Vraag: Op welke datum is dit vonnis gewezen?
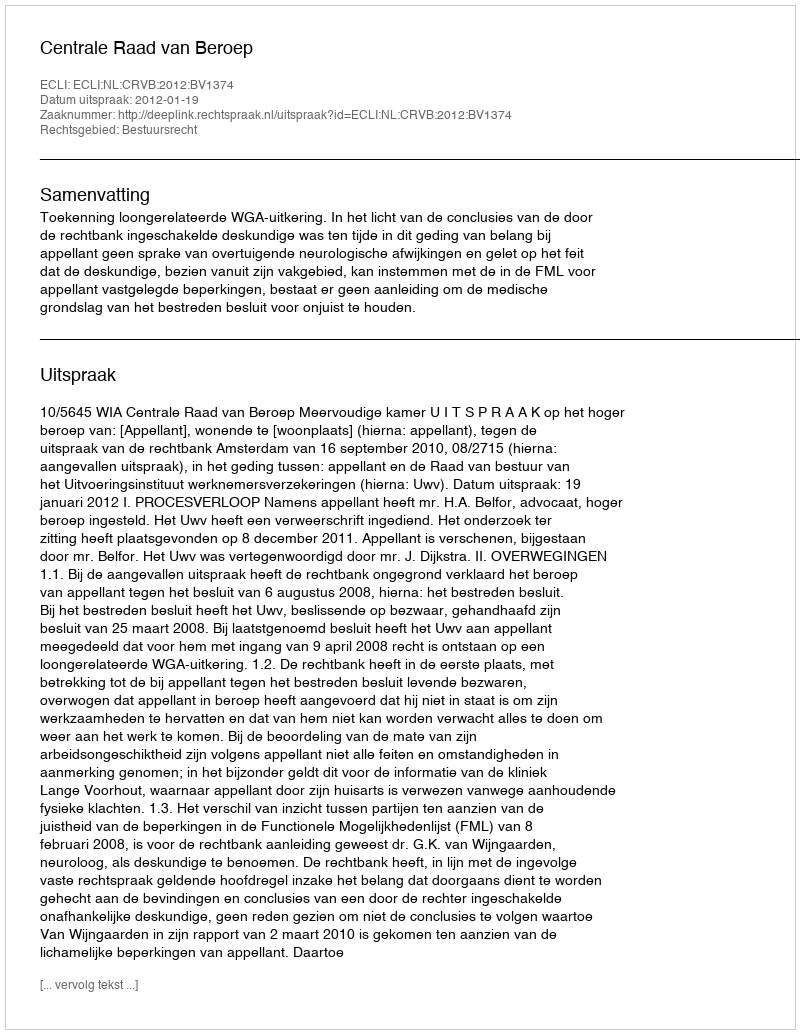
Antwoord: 2012-01-19